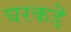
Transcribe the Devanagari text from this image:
घरकडॆ